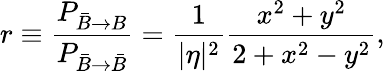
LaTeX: r\equiv\frac{P_{\bar{B}\rightarrow{B}}}{P_{\bar{B}\rightarrow\bar{B}}}=\frac{1}{|\eta|^{2}}\frac{x^{2}+y^{2}}{2+x^{2}-y^{2}},